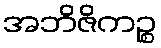
အဘိဇိကဉ္စ